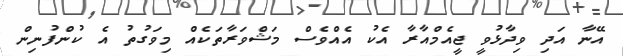
އޭނާ އަދި ވިދާޅުވީ ޖީއެމްއާރާ އެކު އެއްވެސް މަޝްވަރާތަކެއް މިވަގުތު އެ ކުންފުނިން